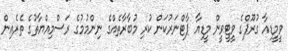
ވީމީޑިއާ ގުރޫޕްގެ ވީޓީވީން މީޑިއާ ޕާޓްނަރުކަން ކުރި މުބާރާތެއްގެ ނިންމުމުގެ ރަސްމިއްޔާތުގެ ތެރެއިން